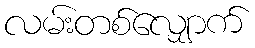
လမ်းတစ်လျှောက်